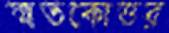
স্মাতকোত্তর